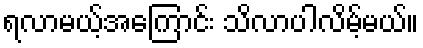
ရလာမယ့်အကြောင်း သိလာပါလိမ့်မယ်။